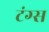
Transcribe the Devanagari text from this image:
टंग्स